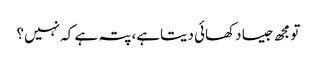
تو مجھ جیسا دکھائی دیتاہے، پتہ ہے کہ نہیں؟